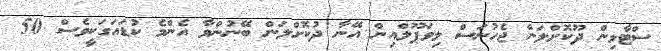
ސްޓާލިން ދޫކޮށްލަން ޖެހުނަސް ލިވަޕޫލްއިން އޭނާ ދުކޮށްލަން ބޭނުންވާ އެންމެ ކުޑައަގަކީވެސް 50